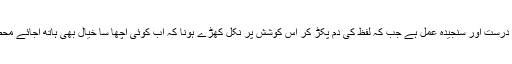
اور خیال کو منظوم کرنے کے لیے لفظوں کو تلاش کرنا منطقی اعتبار سے درست اور سنجیدہ عمل ہے جب کہ لفظ کی دُم پکڑ کر اس کوشش پر نکل کھڑے ہونا کہ اب کوئی اچھا سا خیال بھی ہاتھ آجائے محض قسمت آزمائی والی بات ہے جو کہ قطعاً منطقی اعتبار سے درست نہیں ۔